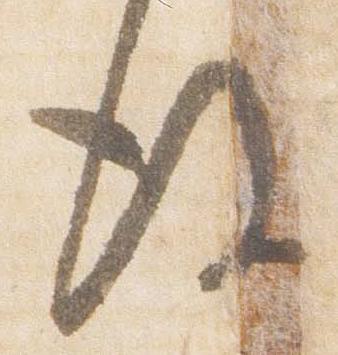
後